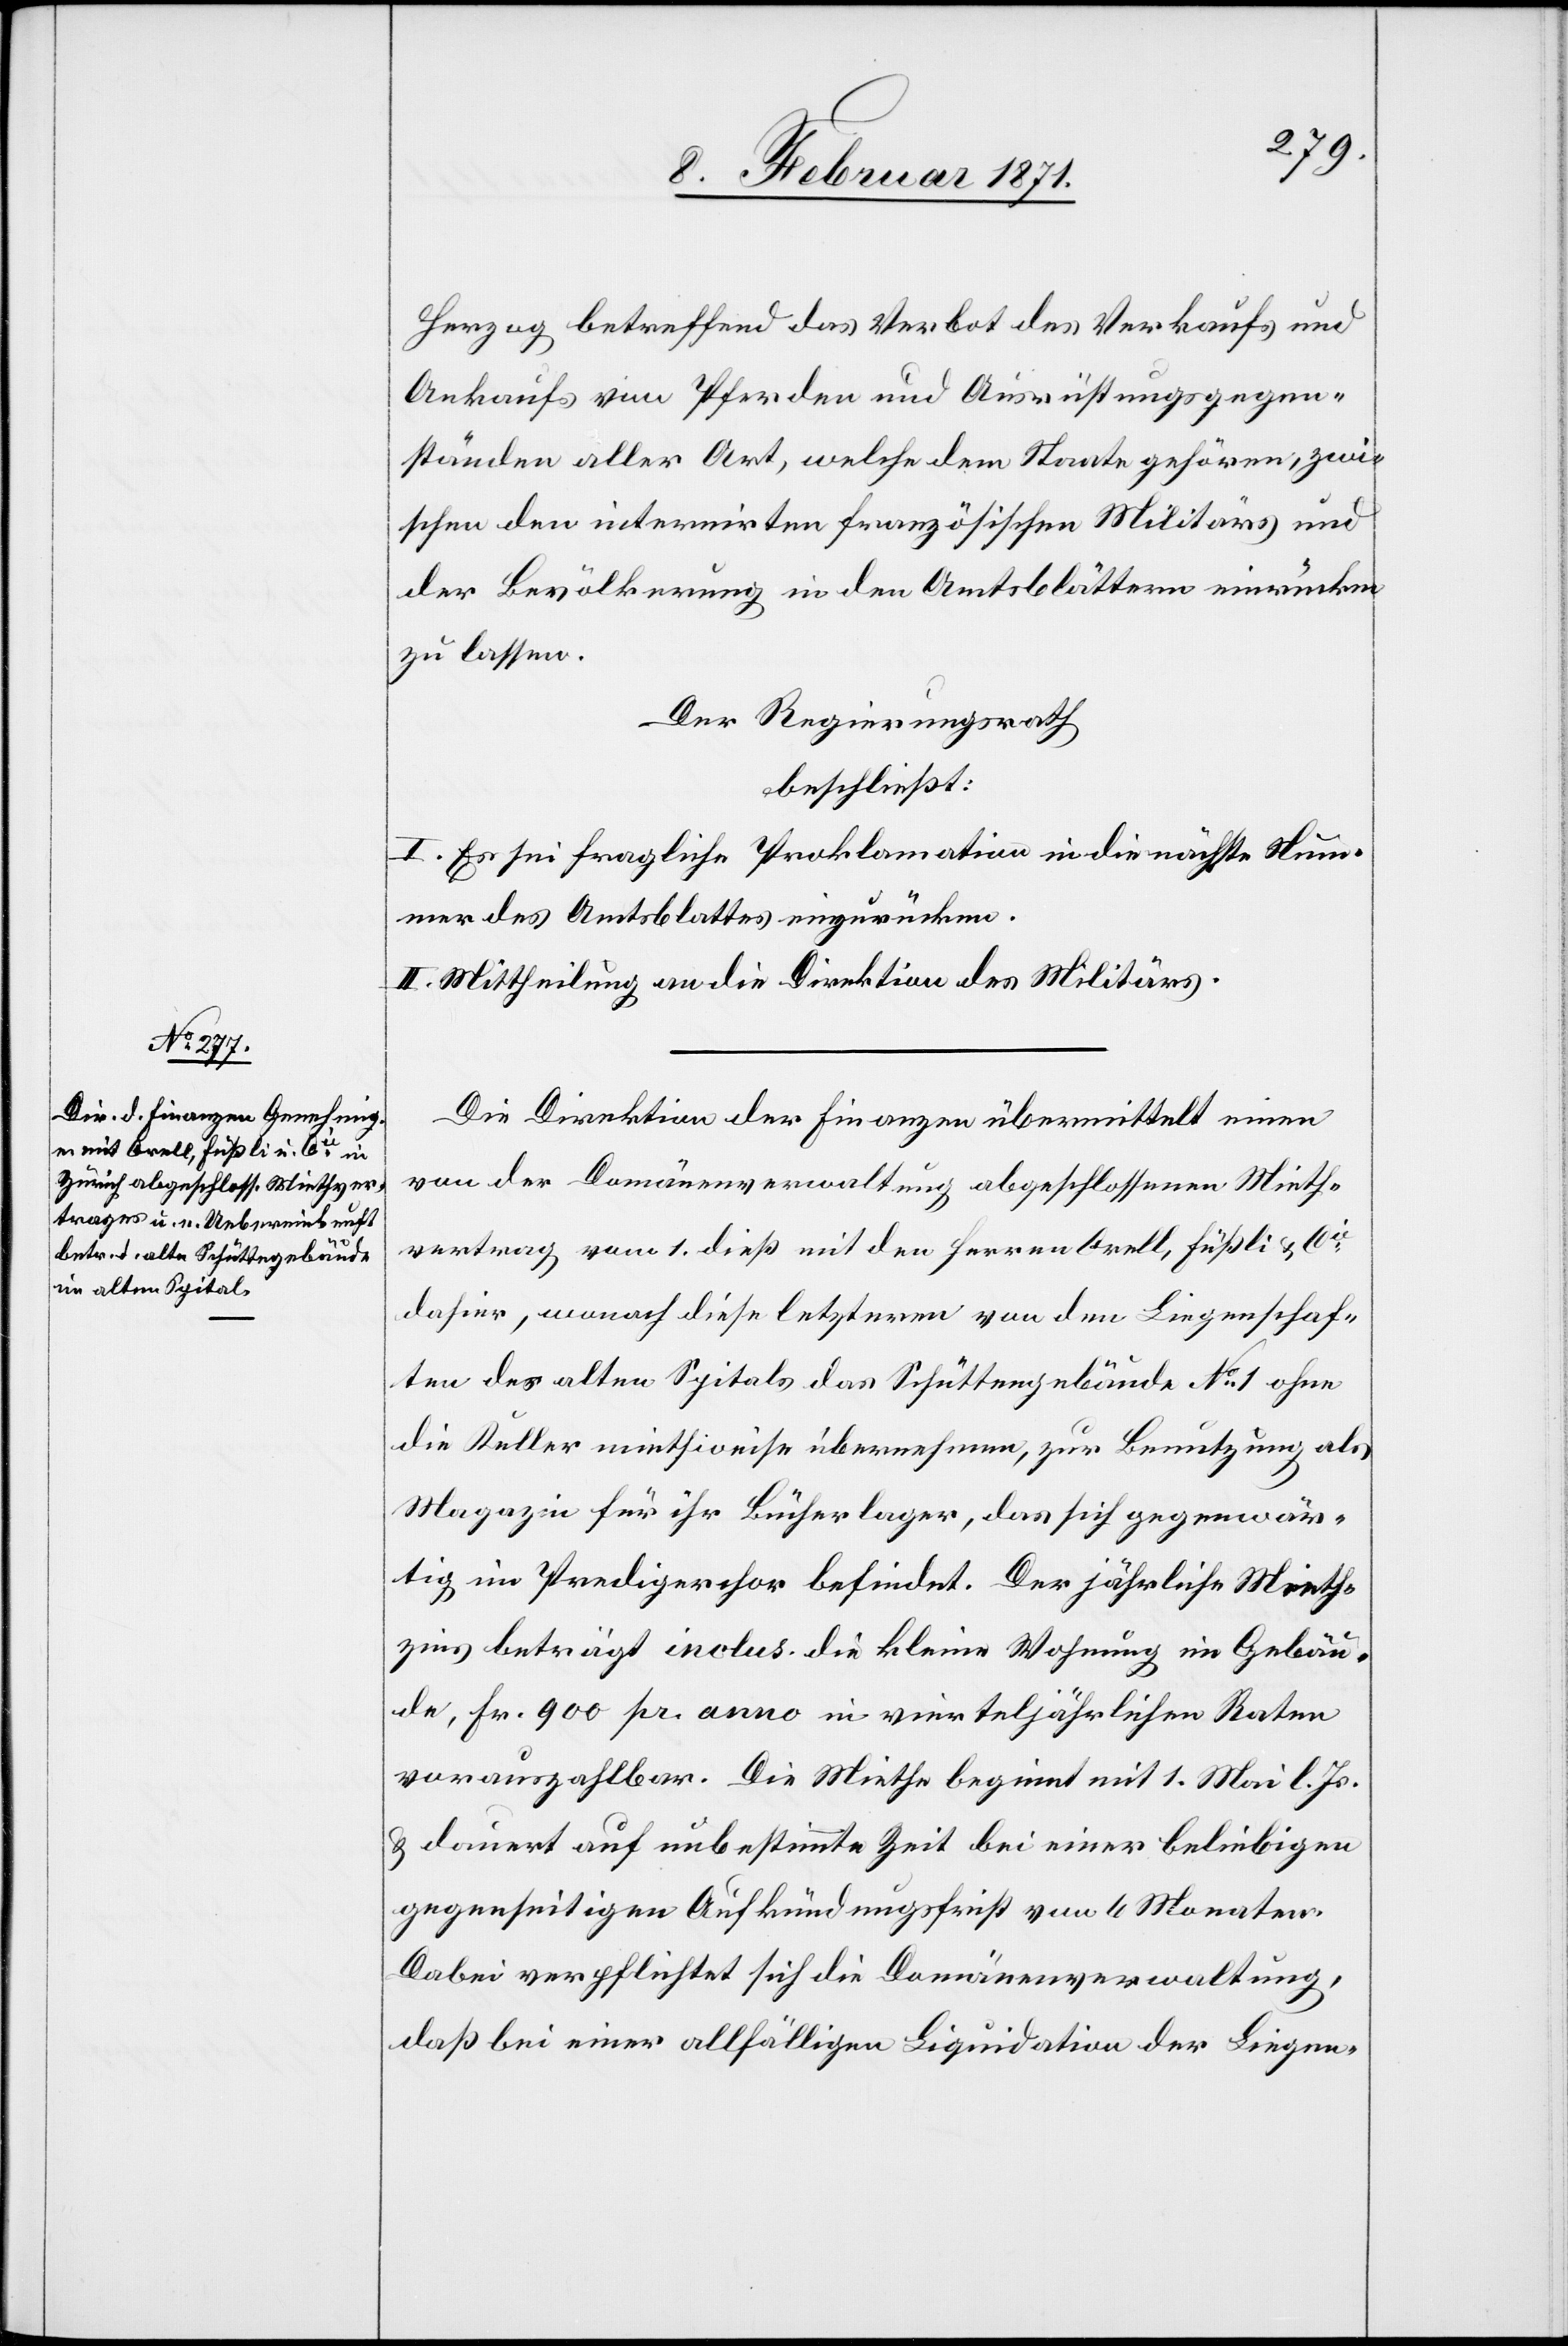
Herzog betreffend das Verbot des Verkaufs und
Ankaufs von Pferden und Ausrüstungsgegen¬
ständen aller Art, welche dem Staate gehören, zwi¬
schen den internirten französischen Militärs und
der Bevölkerung in den Amtsblättern einrücken
zu lassen.
Der Regierungsrath
beschließt:
I. Es sei fragliche Proklamation in die nächste Num¬
mer des Amtsblattes einzurücken.
II. Mittheilung an die Direktion des Militärs.
Die Direktion der Finanzen übermittelt einen
von der Domänenverwaltung abgeschlossenen Mieth¬
vertrag vom 1. dieß mit den Herren Orell, Füßli & Cie.
dahier, wonach diese letzteren von den Liegenschaf¬
ten des alten Spitals das Schüttengebäude No. 1 ohne
die Keller miethweise übernehmen, zur Benutzung als
Magazin für ihr Bücherlager, das sich gegenwär¬
tig im Predigerchor befindet. Der jährliche Mieth¬
zins beträgt inclus. die kleine Wohnung im Gebäu¬
de, Fr. 900 pr. anno in vierteljährlichen Raten
vorauszahlbar. Die Miethe beginnt mit 1. Mai l. Js.
u. dauert auf unbestimmte Zeit bei einer beliebigen
gegenseitigen Aufkündungsfrist von 6 Monaten.
Dabei verpflichtet sich die Domänenverwaltung,
daß bei einer allfälligen Liquidation der Liegen-